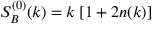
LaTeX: S _ { B } ^ { ( 0 ) } ( k ) = k \; [ 1 + 2 n ( k ) ]